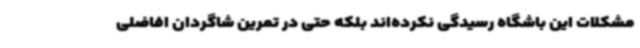
مشکلات این باشگاه رسیدگی نکرده‌اند بلکه حتی در تمرین شاگردان افاضلی